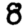
Digit: 8